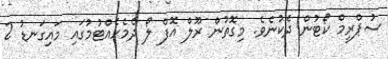
ސުޕްރީމް ކޯޓުން ދެކުނެވެ. މިގޮތުން ރޫލް އޮފް ލޯ ދެމެހެއްޓުމުގައި މައިގަނޑު 2